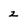
Character: Z